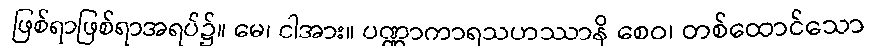
ဖြစ်ရာဖြစ်ရာအရပ်၌။ မေ၊ ငါအား။ ပဏ္ဏာကာရသဟဿာနိ စေဝ၊ တစ်ထောင်သော